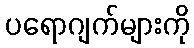
ပရောဂျက်များကို